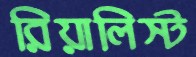
রিয়ালিস্ট